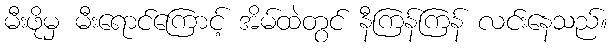
မီးဖိုမှ မီးရောင်ကြောင့် အိမ်ထဲတွင် နီကြန်ကြန် လင်းနေသည်။